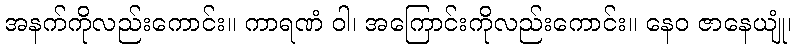
အနက်ကိုလည်းကောင်း။ ကာရဏံ ဝါ၊ အကြောင်းကိုလည်းကောင်း။ နေဝ ဇာနေယျုံ၊